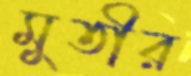
মুতীর